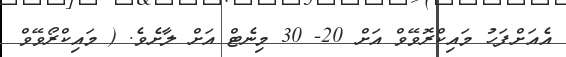
އެއަށްފަހު މައިކްރޮވޭވް އަށް 20- 30 މިނެޓް އަށް ލާށެވެ. ( މައިކްރޯވޭވް